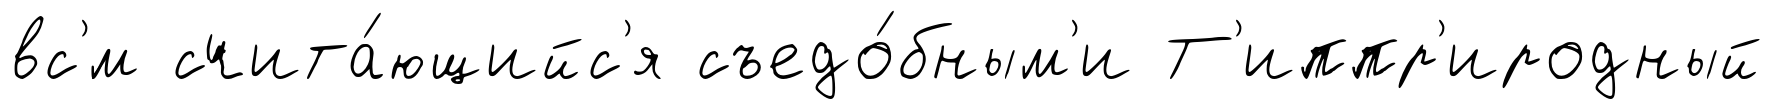
вс'́м счита́ющийс'я съедо́бным'и Т'иппр'иродный